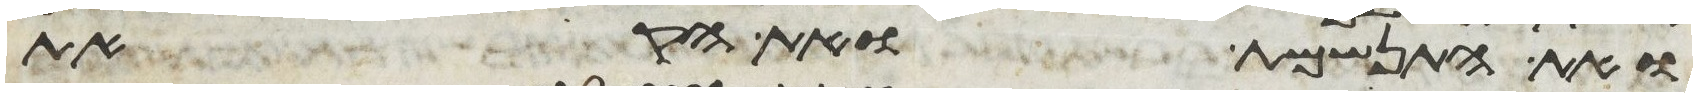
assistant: ואת התנשמת ואת הקאת